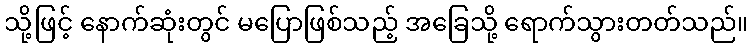
သို့ဖြင့် နောက်ဆုံးတွင် မပြောဖြစ်သည့် အခြေသို့ ရောက်သွားတတ်သည်။